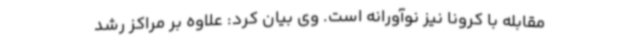
مقابله با کرونا نیز نوآورانه است. وی بیان کرد: علاوه بر مراکز رشد